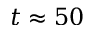
t \approx 5 0